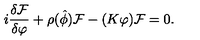
i \frac { \delta { \cal F } } { \delta \varphi } + \rho ( { \hat { \phi } } ) { \cal F } - ( K \varphi ) { \cal F } = 0 .